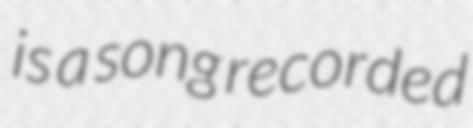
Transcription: is a song recorded